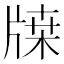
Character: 𤗥